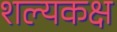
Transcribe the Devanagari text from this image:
शल्यकक्ष